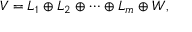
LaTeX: V = L _ { 1 } \oplus L _ { 2 } \oplus \cdots \oplus L _ { m } \oplus W ,